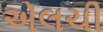
એલચી